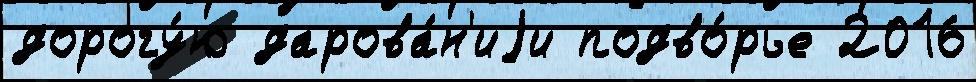
дорогу́ю дарова́н'иjи подво́рье 2016